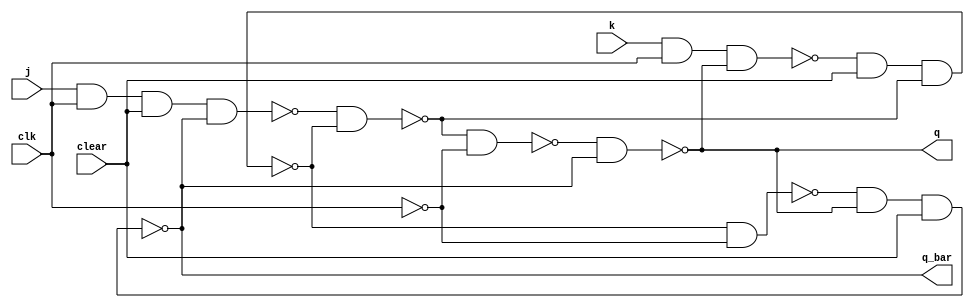
module jk_ff(q,q_bar,j,k,clear,clk);

	input j,k,clear,clk;
	output q,q_bar;

	wire a,b,c,d,e,f,clk_bar;
	
	not nt(clk_bar,clk);

	nand n1(a,j,clk,clear,q_bar);
	nand n2(b,k,clk,q);

	nand n3(c,a,d);
	nand n4(d,b,clear,c);

	nand n5(e,c,clk_bar);
	nand n6(f,d,clk_bar);

	nand n7(q,e,q_bar);
	nand n8(q_bar,f,q,clear);

endmodule